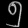
Digit: ၅